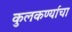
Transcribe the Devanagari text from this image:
कुलकर्ण्याचा